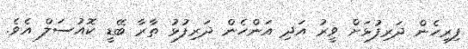
ފިރިހެން ދަރިފުޅަށް ވީރު އަދި އަންހެން ދަރިފުޅު ތާރާ ބޭޑީ ކޮއުސަލް އެވެ.